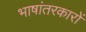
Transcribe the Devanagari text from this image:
भाषांतरकारों